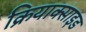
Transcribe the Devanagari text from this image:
क्रियाक्साइड